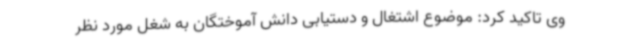
وی تاکید کرد: موضوع اشتغال و دستیابی دانش آموختگان به شغل مورد نظر